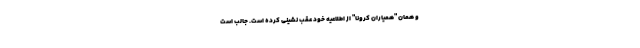
و همان "همیاران کرونا" از اطلاعیه خود عقب نشینی کرده است. جالب است